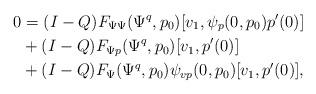
LaTeX: \begin{align*}0 &= (I-Q) F_{\Psi\Psi}(\Psi^q,p_0)[v_1, \psi_p(0,p_0)p'(0)]\\&+ (I-Q) F_{\Psi p}(\Psi^q,p_0)[v_1, p'(0)]\\&+ (I-Q) F_\Psi(\Psi^q,p_0)\psi_{vp}(0,p_0)[v_1,p'(0)],\end{align*}